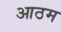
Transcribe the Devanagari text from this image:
आठम